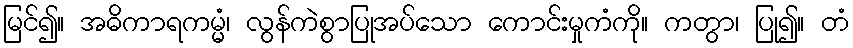
မြင်၍။ အဓိကာရကမ္မံ၊ လွန်ကဲစွာပြုအပ်သော ကောင်းမှုကံကို။ ကတွာ၊ ပြု၍။ တံ